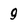
Character: 9